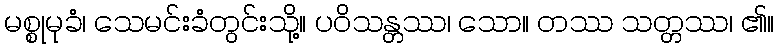
မစ္စုမုခံ၊ သေမင်းခံတွင်းသို့။ ပဝိသန္တဿ၊ သော။ တဿ သတ္တဿ၊ ၏။